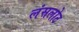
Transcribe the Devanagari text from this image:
लंसलोट